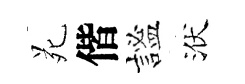
苑偕謐洑